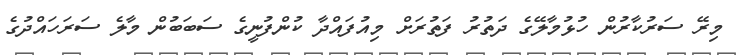
މިރޭ ސަރުކާރުން ހުޅުމާލޭގެ ދަތުރު ފަތުރަށް މިއުފައްދާ ކުންފުނީގެ ސަބަބުން މާލެ ސަރަހައްދުގެ